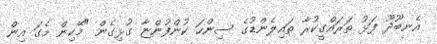
އެނބޫދޫ ފަޅު ތަރައްގީކުރާ ތައިލެންޑުގެ ސިންހަ ކުންފުންޏާ ގުޅިގެން "މޭކިން މެގަ އިން